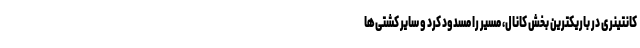
کانتینری در باریکترین بخش کانال، مسیر را مسدود کرد و سایر کشتی‌ها